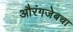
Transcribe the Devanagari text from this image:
औरंगजेबचा